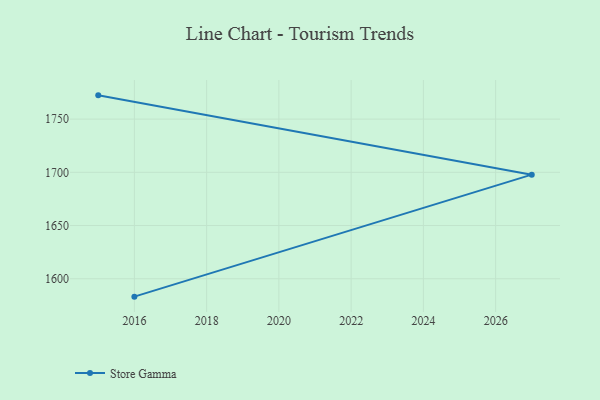
{"axis": {"x": "Year", "y": "Market Share (%)"}, "legend": ["Store Gamma"], "data": [{"x": "2016", "y": 1583.2, "type": "Store Gamma"}, {"x": "2027", "y": 1697.8, "type": "Store Gamma"}, {"x": "2015", "y": 1772.3, "type": "Store Gamma"}]}